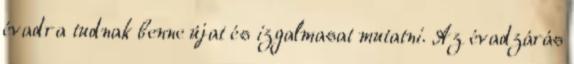
évadra tudnak benne újat és izgalmasat mutatni. Az évadzárás